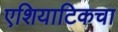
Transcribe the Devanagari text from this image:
एशियाटिकचा